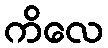
ကိလေ